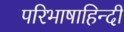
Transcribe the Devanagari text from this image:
परिभाषाहिन्दी